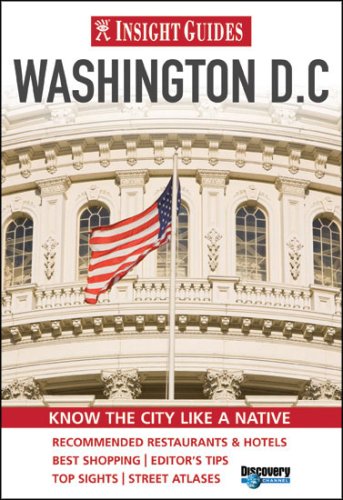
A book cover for Washington D.C. (Insight Guide Washington DC); Travel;